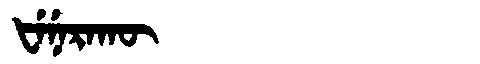
Manchu: ᡶᡝᠨᡝᡵᠠᡴᡡ
Romanization: FENERAKŪ